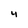
Character: 4